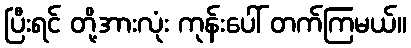
ပြီးရင် တို့အားလုံး ကုန်းပေါ် တက်ကြမယ်။